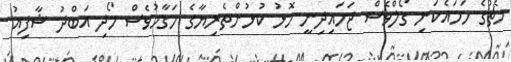
މެޗުގެ ހަމައެކަނި ގޯލްވެސް ޖަހައިދިނީ މޮޅު ކުޅުންތެރިޔާގެ މަގާމުވެސް ހޯދި އަބްދު ޝާފިއު